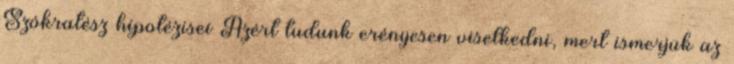
Szókratész hipotézisei Azért tudunk erényesen viselkedni, mert ismerjük az